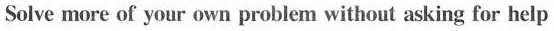
Solve more of your own problem without asking for help